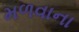
મળવાના